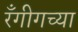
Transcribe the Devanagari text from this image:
रँगीगच्या